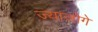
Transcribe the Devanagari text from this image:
ज्याजोगे